NAE_kihelkonnakohtute_kirjad_ja_protokollid_1869-1889, lk 8
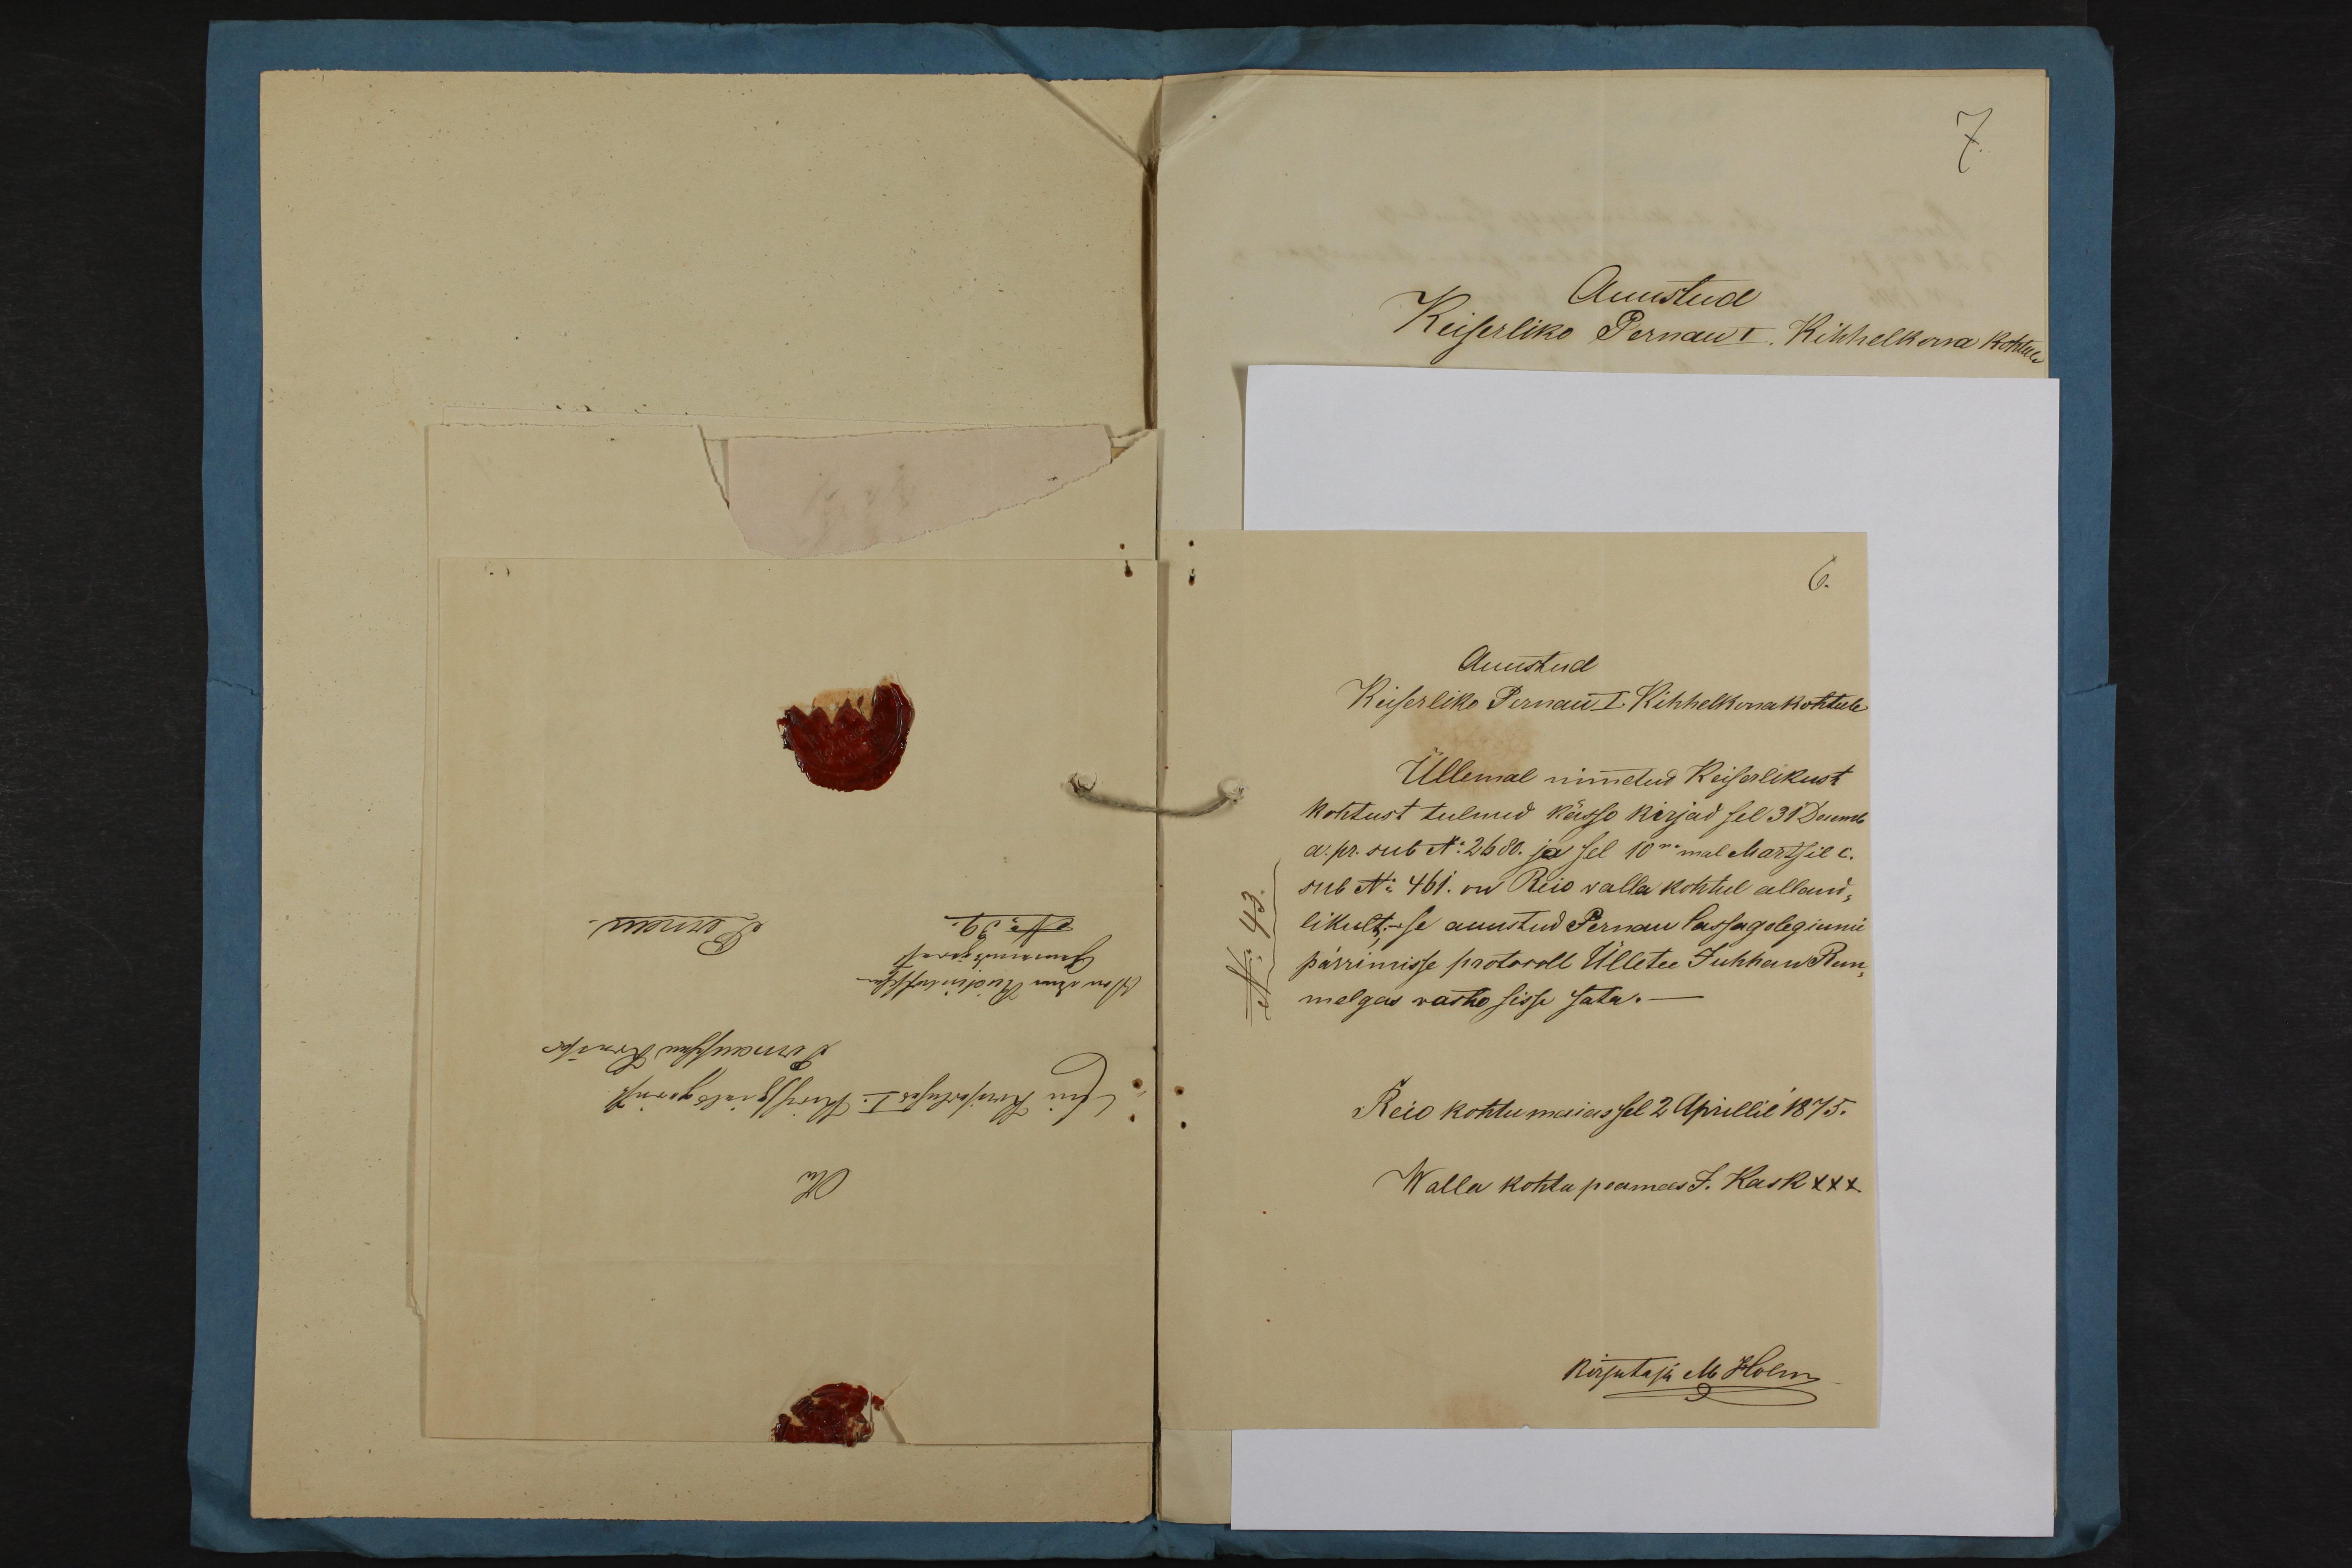
Auustud
Keiserliko Pernau I. Kihhelkonakohtule
Üllemal nimetud Keiserlikust
Kohtust tulnud kässo kirjad sel 31 Decemb.
a. pr. sub N:2680. ja sel 10nmal Martsil c.
sub N: 461. on Reio valla kohtul alland-
likult,- se auustud Pernau Cassagolegiumi
pärrimisse protokoll Ülletee Juhhan Rem-
melgas vasto sisse jäta.
Reio kohtumaias sel 2 Aprillil 1875.